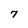
Character: 7